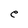
Character: e